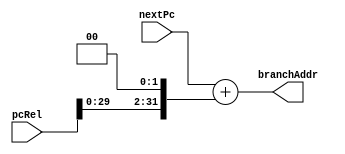
module BranchAddrCalculator (nextPc, pcRel, branchAddr);
	parameter PC_BIT_WIDTH = 32;
	
	input  [PC_BIT_WIDTH - 1: 0] nextPc;
	input  [PC_BIT_WIDTH - 1: 0] pcRel;
	output [PC_BIT_WIDTH - 1: 0] branchAddr;
	
	wire signed [PC_BIT_WIDTH - 1: 0] pcRelSigned;
	
	assign pcRelSigned = pcRel;
	
	assign branchAddr = nextPc + (pcRelSigned << 2);
	
endmodule